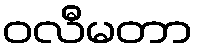
ဝလီမတာ